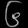
Digit: ၆